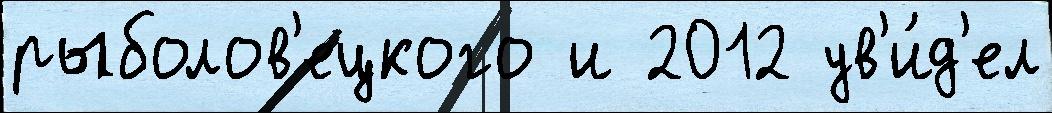
рыболов'ецкого и 2012 ув'и́д'ел